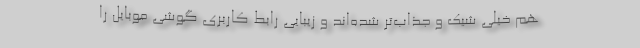
هم خیلی شیک‌ و جذاب‌تر شده‌اند و زیبایی رابط کاربری گوشی موبایل را